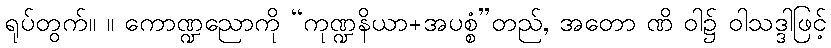
ရုပ်တွက်။ ။ ကောဏ္ဍညောကို “ကုဏ္ဍနိယာ+အပစ္စံ”တည်, အတော ဏိ ဝါ၌ ဝါသဒ္ဒါဖြင့်